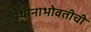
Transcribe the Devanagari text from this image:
स्थानाभोवतीची